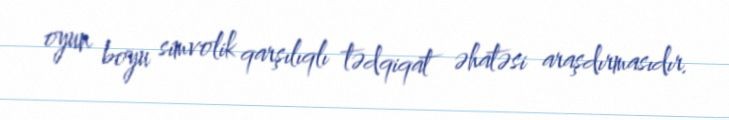
oyun boyu simvolik qarşılıqlı tədqiqat əhatəsi araşdırmasıdır.